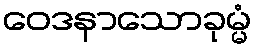
ဝေဒနာသောခုမ္မံ